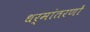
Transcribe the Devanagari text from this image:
धर्मांतरणों